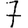
Digit: 7